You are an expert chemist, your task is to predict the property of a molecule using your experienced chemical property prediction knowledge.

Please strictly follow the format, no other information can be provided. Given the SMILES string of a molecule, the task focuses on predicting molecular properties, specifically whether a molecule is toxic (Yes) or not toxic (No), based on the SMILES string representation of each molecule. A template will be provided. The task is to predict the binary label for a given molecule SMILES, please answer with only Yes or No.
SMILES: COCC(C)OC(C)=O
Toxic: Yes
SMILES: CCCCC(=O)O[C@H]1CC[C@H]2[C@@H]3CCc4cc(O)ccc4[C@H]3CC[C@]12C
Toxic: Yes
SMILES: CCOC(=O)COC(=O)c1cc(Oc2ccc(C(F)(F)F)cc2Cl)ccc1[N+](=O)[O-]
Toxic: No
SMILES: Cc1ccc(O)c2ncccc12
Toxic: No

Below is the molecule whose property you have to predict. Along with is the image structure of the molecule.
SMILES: CC1(C)[C@@H](/C=C(\Cl)C(F)(F)F)[C@H]1C(=O)O[C@H](C#N)c1cccc(Oc2ccccc2)c1
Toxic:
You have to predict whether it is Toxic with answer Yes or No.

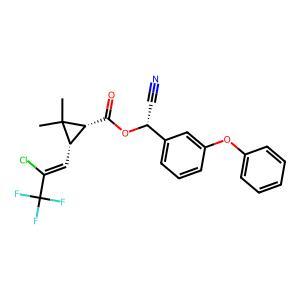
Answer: No